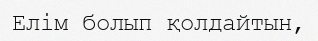
Елім болып қолдайтын,